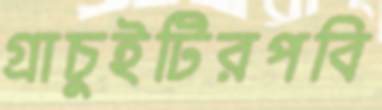
গ্রাচুইটিরপবি